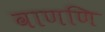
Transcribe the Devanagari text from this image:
वाणणि